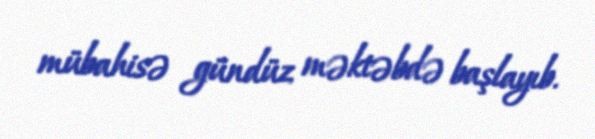
mübahisə gündüz məktəbdə başlayıb.